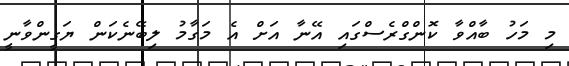
މި މަހު ބާއްވާ ކޮންގްރެސްގައި އޭނާ އަށް އެ މަގާމު ލިބޭނެކަން ޔަގީންވާނީ